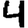
Digit: 4